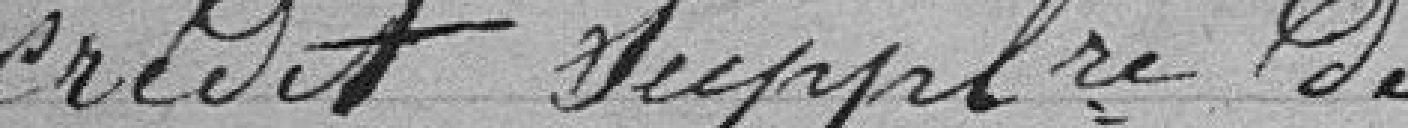
Crédit supplémentaire de